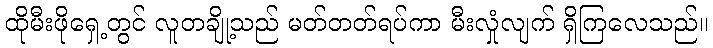
ထိုမီးဖိုရှေ့တွင် လူတချို့သည် မတ်တတ်ရပ်ကာ မီးလှုံလျက် ရှိကြလေသည်။